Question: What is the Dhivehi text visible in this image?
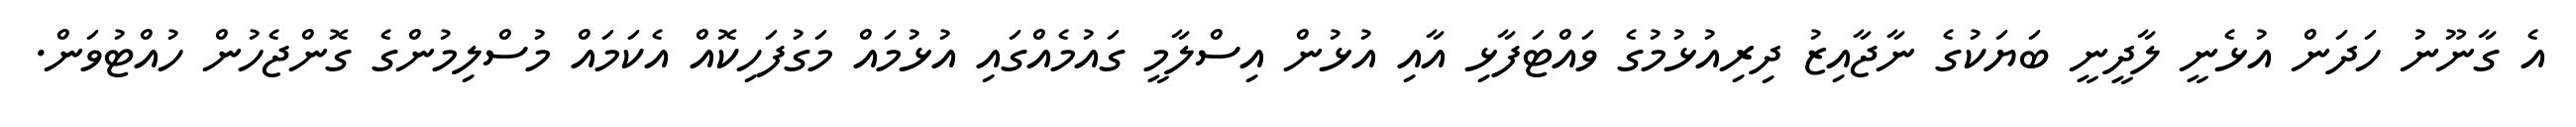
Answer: އެ ގާނޫނު ހަދަން އުޅެނީ ލާދީނީ ބަޔަކުގެ ނާޖާއިޒު ދިރިއުޅުމުގެ ވައްޓަފާޅި އާއި އުޅުން އިސްލާމީ ގައުމެއްގައި އުޅުމައް މަގުފަހިކޮއް އެކަމައް މުސްލިމުންގެ ގޮންޖެހުން ހުއްޓުވަން.